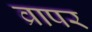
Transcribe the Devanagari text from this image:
व्रापर